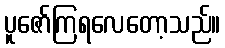
ပူဇော်ကြရလေတော့သည်။